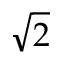
\sqrt { 2 }